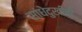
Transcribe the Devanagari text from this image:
सांधेदुखीची